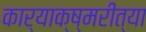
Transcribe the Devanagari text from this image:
कार्याक्ष्मरीत्या